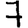
Digit: 7